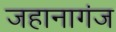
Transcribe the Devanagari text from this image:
जहानागंज